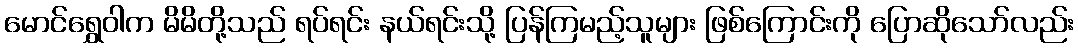
မောင်ရွှေဝါက မိမိတို့သည် ရပ်ရင်း နယ်ရင်းသို့ ပြန်ကြမည့်သူများ ဖြစ်ကြောင်းကို ပြောဆိုသော်လည်း